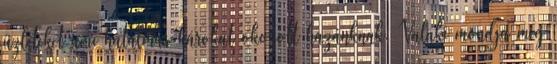
üzleteket ami hatalmas károkat okozott hazánknak. Valaki mondja meg